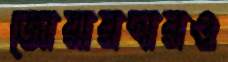
জোয়ারদারও